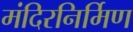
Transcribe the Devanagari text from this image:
मंदिरनिर्मिण